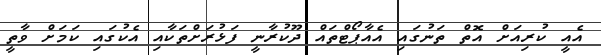
އެއީ ކުރިއަށް އޮތް ތަނުގައި އެއާޕޯޓްތައް ދޫކުރާނީ ފަޅުރަށްތަކާއި އެކުގައި ކަމަށް ވާތީ